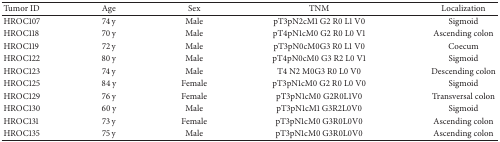
| Tumor ID | Age | Sex | TNM | Localization |
 | --- | --- | --- | --- | --- |
 | HROC107 | 74 y | Male | pT3pN2cM1 G2 R0 L1 V0 | Sigmoid |
 | HROC118 | 70 y | Male | pT4pN1cM0 G2 R0 L0 V1 | Ascending colon |
 | HROC119 | 72 y | Male | pT3pN0cM0G3 R0 L1 V0 | Coecum |
 | HROC122 | 80 y | Male | pT4pN0cM0 G3 R2 L0 V1 | Sigmoid |
 | HROC123 | 74 y | Male | T4 N2 M0G3 R0 L0 V0 | Descending colon |
 | HROC125 | 84 y | Female | pT3pN1cM0 G2 R0 L0 V0 | Sigmoid |
 | HROC129 | 76 y | Female | pT3pN1cM0 G2R0L1V0 | Transversal colon |
 | HROC130 | 60 y | Male | pT3pN1cM1 G3R2L0V0 | Sigmoid |
 | HROC131 | 73 y | Female | pT3pN1cM0 G3R0L0V0 | Ascending colon |
 | HROC135 | 75 y | Male | pT3pN1cM0 G3R0L0V0 | Ascending colon |